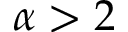
\alpha > 2